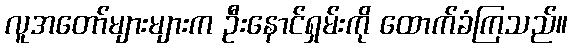
လူအတော်များများက ဦးနောင်ရှမ်းကို ထောက်ခံကြသည်။